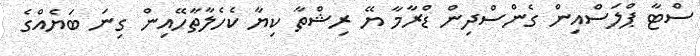
ސްޓާ ޕްލަސްއިން ގެންސްދިން ޑްރާމާ ޔޭ ރިޝްތާ ކިޔާ ކެހެލާތާހޭއިން ގިނަ ބަޔެއްގެ